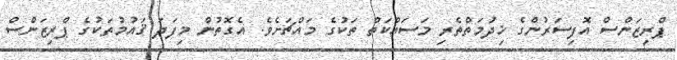
ޕްރިޒަންސް އޮފިސަރުންގެ ޚިދުމަތްތެރި މަސައްކަތް ތަކުގެ މައްޗަށެވެ. އެގޮތުން މިފަދަ ޤައުމުތަކުގެ ޕްރިޒަންސް